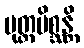
ပုတ္တမိစ္ဆန္တိ